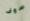
سوف